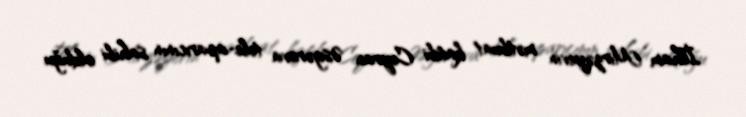
İlham Mirzəyevin mətbuat katibi Ceyran Əsgərova tele-aparıcının sahibi olduğu